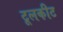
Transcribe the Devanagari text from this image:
टूलकीट